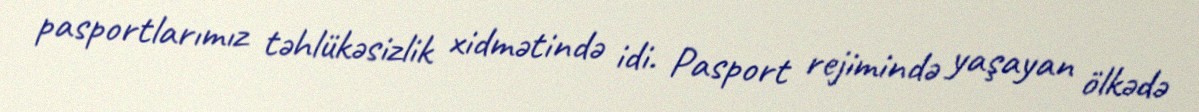
pasportlarımız təhlükəsizlik xidmətində idi. Pasport rejimində yaşayan ölkədə